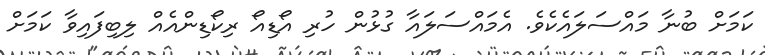
ކަމަށް ބުނާ މައްސަލައެކެވެ. އެމައްސަލައާ ގުޅުން ހުރި އޯޑިއޯ ރިކޯޑިންއެއް ލިބިފައިވާ ކަމަށް